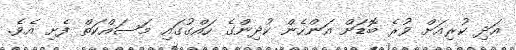
އަދި ކުރިއަށް ވުރެ ބޮޑަށް އަންހެން ކުދިންގެ ހައްގުގައި މަސައްކަތް ފެށި އެވެ.